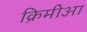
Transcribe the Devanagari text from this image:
क्रिमीआ